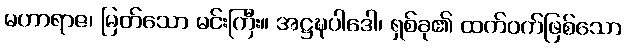
မဟာရာဇ၊ မြတ်သော မင်းကြီး။ အဋ္ဌဍ္ဎပါဒေါ၊ ရှစ်ခု၏ ထက်ဝက်ဖြစ်သော